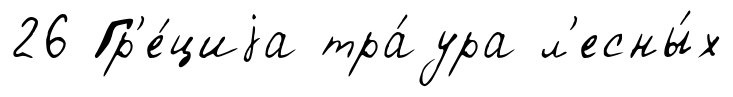
26 Гр'е́циjа тра́ура л'есны́х